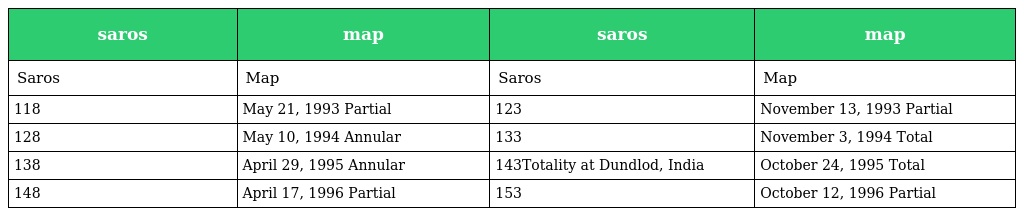
| saros | map | saros | map |
 | --- | --- | --- | --- |
 | Saros | Map | Saros | Map |
 | 118 | May 21, 1993 Partial | 123 | November 13, 1993 Partial |
 | 128 | May 10, 1994 Annular | 133 | November 3, 1994 Total |
 | 138 | April 29, 1995 Annular | 143Totality at Dundlod, India | October 24, 1995 Total |
 | 148 | April 17, 1996 Partial | 153 | October 12, 1996 Partial |